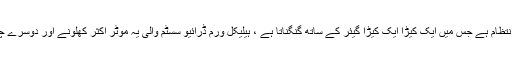
ہیلیکل ورم ڈرائیو ایک ہیلیکل گیئر انتظام ہے جس میں ایک کیڑا ایک کیڑا گیئر کے ساتھ گنگناتا ہے ، ہیلیکل ورم ڈرائیو سسٹم والی یہ موٹر اکثر کھلونے اور دوسرے چھوٹے سسٹم میں استعمال ہوتی ہے۔